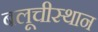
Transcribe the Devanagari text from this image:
बलूचीस्थान